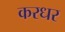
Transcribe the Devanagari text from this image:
करधर